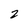
Character: 2